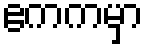
ဧကကမှာ